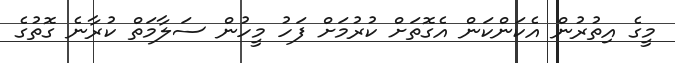
މީގެ އިތުރުން އެކަންކަން އެގޮތަށް ކުރުމަށް ފަހު މީހުން ސަލާމަތް ކުރާނެ ގޮތުގެ